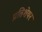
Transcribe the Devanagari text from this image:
प्रतिशेयर